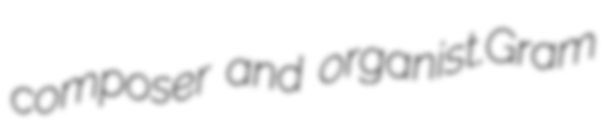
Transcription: composer and organist.Gram